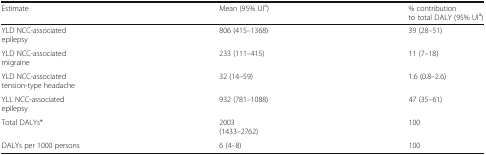
| Estimate | Mean (95% UIa) | % contribution to total DALY (95% UIa) |
 | --- | --- | --- |
 | YLD NCC-associated epilepsy | 806 (415–1368) | 39 (28–51) |
 | YLD NCC-associated migraine | 233 (111–415) | 11 (7–18) |
 | YLD NCC-associated tension-type headache | 32 (14–59) | 1.6 (0.8–2.6) |
 | YLL NCC-associated epilepsy | 932 (781–1088) | 47 (35–61) |
 | Total DALYs* | 2003 (1433–2762) | 100 |
 | DALYs per 1000 persons | 6 (4–8) | 100 |